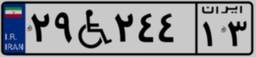
۰۲W۳۸۰۳۱